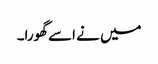
میں نے اسے گھورا۔